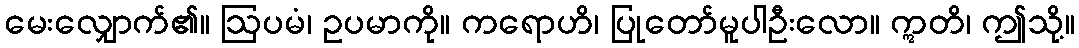
မေးလျှောက်၏။ ဩပမံ၊ ဥပမာကို။ ကရောဟိ၊ ပြုတော်မူပါဦးလော။ ဣတိ၊ ဤသို့။